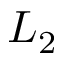
L _ { 2 }